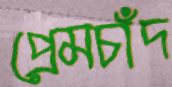
প্রেমচাঁদ